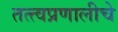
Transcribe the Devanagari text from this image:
तत्त्वप्रणालीचे